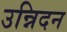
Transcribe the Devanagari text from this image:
उन्निदन